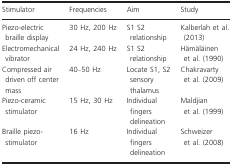
| Stimulator | Frequencies | Aim | Study |
 | --- | --- | --- | --- |
 | Piezo‐electric braille display | 30 Hz, 200 Hz | S1 S2 relationship | Kalberlah et al. (2013) |
 | Electromechanical vibrator | 24 Hz, 240 Hz | S1 S2 relationship | Hämäläinen et al. (1990) |
 | Compressed air driven off center mass | 40–50 Hz | Locate S1, S2 sensory thalamus | Chakravarty et al. (2009) |
 | Piezo‐ceramic stimulator | 15 Hz, 30 Hz | Individual fingers delineation | Maldjian et al. (1999) |
 | Braille piezo‐stimulator | 16 Hz | Individual fingers delineation | Schweizer et al. (2008) |